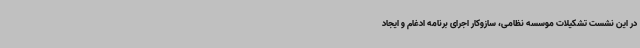
در این نشست تشکیلات موسسه نظامی، سازوکار اجرای برنامه ادغام و ایجاد